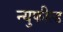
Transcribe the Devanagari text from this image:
न्युफील्ड